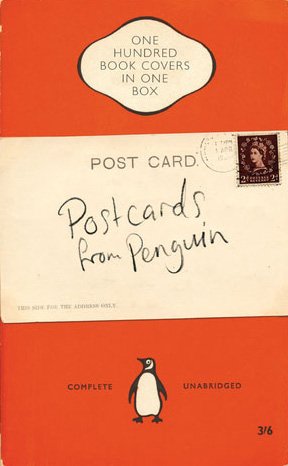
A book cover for Postcards from Penguin: One Hundred Book Covers in One Box; none; Crafts, Hobbies & Home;